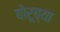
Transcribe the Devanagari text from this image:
बोरूच्या